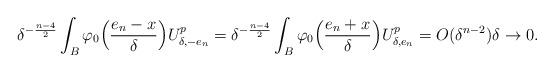
LaTeX: \begin{align*}\delta^{-\frac{n-4}{2}}\int_{B}\varphi_0\Big(\frac{e_n-x}{\delta}\Big)U_{\delta,-e_n}^p=\delta^{-\frac{n-4}{2}}\int_{B}\varphi_0\Big(\frac{e_n+x}{\delta}\Big)U_{\delta,e_n}^p=O(\delta^{n-2})\delta\to 0.\end{align*}